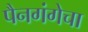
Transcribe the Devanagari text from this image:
पैनगंगेचा